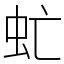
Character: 虻